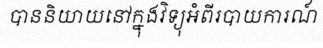
បាននិយាយនៅក្នុងវិទ្យុអំពីរបាយការណ៍